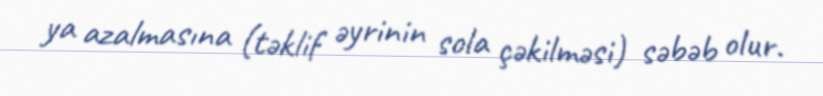
ya azalmasına (təklif əyrinin sola çəkilməsi) səbəb olur.